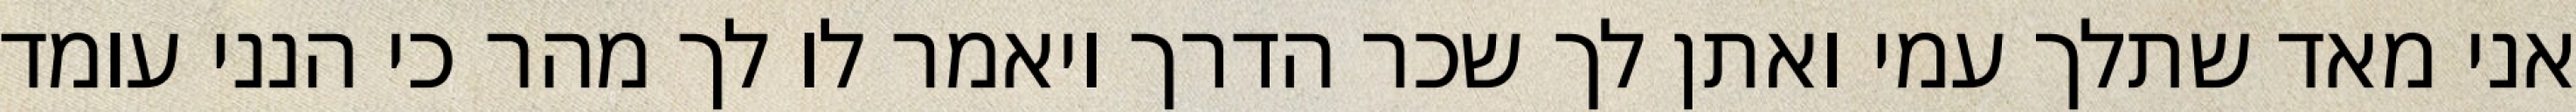
אני מאד שתלך עמי ואתן לך שכר הדרך ויאמר לו לך מהר כי הנני עומד